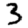
Digit: 3